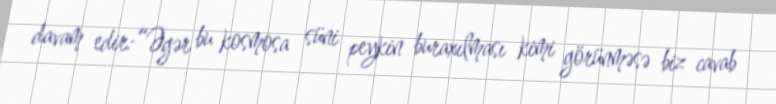
davam edir:“Əgər bu kosmosa süni peykin buraxılması kimi görünməsə biz cavab